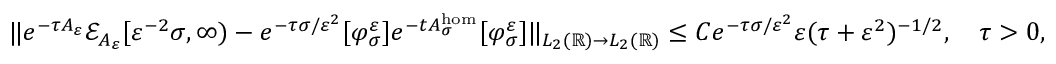
\| e ^ { - \tau A _ { \varepsilon } } \mathcal { E } _ { A _ { \varepsilon } } [ \varepsilon ^ { - 2 } \sigma , \infty ) - e ^ { - \tau \sigma / \varepsilon ^ { 2 } } [ \varphi _ { \sigma } ^ { \varepsilon } ] e ^ { - t A _ { \sigma } ^ { \mathrm { h o m } } } [ \varphi _ { \sigma } ^ { \varepsilon } ] \| _ { L _ { 2 } ( \mathbb { R } ) \to L _ { 2 } ( \mathbb { R } ) } \le C e ^ { - \tau \sigma / \varepsilon ^ { 2 } } \varepsilon ( \tau + \varepsilon ^ { 2 } ) ^ { - 1 / 2 } , \quad \tau > 0 ,